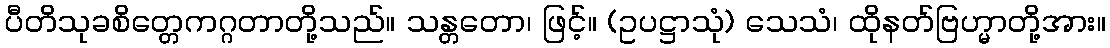
ပီတိသုခစိတ္တေကဂ္ဂတာတို့သည်။ သန္တတော၊ ဖြင့်။ (ဥပဋ္ဌာသုံ) သေသံ၊ ထိုနတ်ဗြဟ္မာတို့အား။